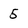
Character: 5